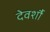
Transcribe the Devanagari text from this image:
देवर्शौ